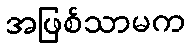
အဖြစ်သာမက